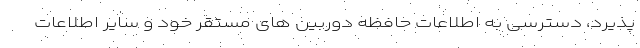
پذیرد، دسترسی به اطلاعات حافظه دوربین های مستقر خود و سایر اطلاعات